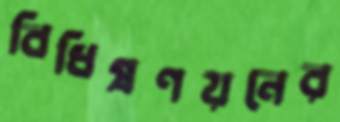
বিধিপ্রণয়নের